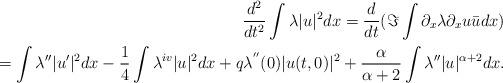
LaTeX: \begin{align*}\frac {d^2}{dt^2} \int \lambda |u|^2 dx=\frac {d}{dt} (\Im \int \partial_x \lambda\partial_x u \bar u dx) \\ = \int \lambda'' |u'|^2 dx- \frac 14 \int \lambda^{iv} |u|^2 dx+q \lambda^{''}(0) |u(t,0)|^2 +\frac \alpha{\alpha+2} \int \lambda'' |u|^{\alpha+2}dx.\end{align*}